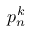
{ p } _ { n } ^ { k }